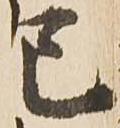
巳